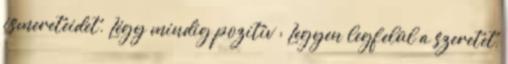
ismereteidet. Légy mindig pozitív : Legyen legfelül a szeretet,